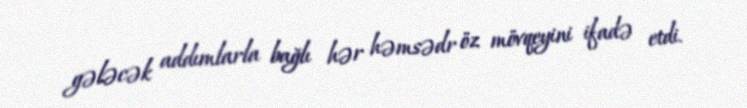
gələcək addımlarla bağlı hər həmsədr öz mövqeyini ifadə etdi.